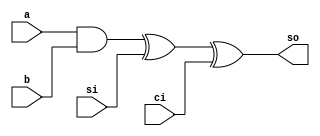
`timescale 1ns / 1ps
//////////////////////////////////////////////////////////////////////////////////
// Company: 
// Engineer: 
// 
// Design Name: 
// Module Name: sum_adder_white
// Project Name: 
// Target Devices: 
// Tool Versions: 
// Description: 
// 
// Dependencies: 
// 
// Revision:
// Revision 0.01 - File Created
// Additional Comments:
// 
//////////////////////////////////////////////////////////////////////////////////


module sum_adder_white(
    input a,
    input b,
    input si,
    input ci,
    output so
    );

    wire w;
    and a1 (w, a, b);
    assign so = w ^ si ^ ci;
    
endmodule